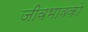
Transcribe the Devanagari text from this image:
जीवभावको